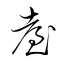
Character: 耊